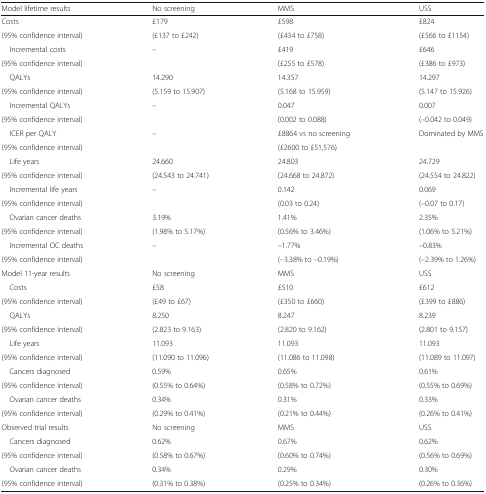
<table><thead><tr><td><b>Model lifetime results</b></td><td><b>No screening</b></td><td><b>MMS</b></td><td><b>USS</b></td></tr></thead><tbody><tr><td>Costs</td><td>£179</td><td>£598</td><td>£824</td></tr><tr><td>(95% confidence interval)</td><td>(£137 to £242)</td><td>(£434 to £758)</td><td>(£566 to £1154)</td></tr><tr><td> Incremental costs</td><td rowspan="2">–</td><td>£419</td><td>£646</td></tr><tr><td>(95% confidence interval)</td><td>(£255 to £578)</td><td>(£386 to £973)</td></tr><tr><td> QALYs</td><td>14.290</td><td>14.357</td><td>14.297</td></tr><tr><td>(95% confidence interval)</td><td>(5.159 to 15.907)</td><td>(5.168 to 15.959)</td><td>(5.147 to 15.926)</td></tr><tr><td> Incremental QALYs</td><td rowspan="2">–</td><td>0.047</td><td>0.007</td></tr><tr><td>(95% confidence interval)</td><td>(0.002 to 0.088)</td><td>(–0.042 to 0.049)</td></tr><tr><td> ICER per QALY</td><td rowspan="2">–</td><td>£8864 vs no screening</td><td rowspan="2">Dominated by MMS</td></tr><tr><td>(95% confidence interval)</td><td>(£2600 to £51,576)</td></tr><tr><td> Life years</td><td>24.660</td><td>24.803</td><td>24.729</td></tr><tr><td>(95% confidence interval)</td><td>(24.543 to 24.741)</td><td>(24.668 to 24.872)</td><td>(24.554 to 24.822)</td></tr><tr><td> Incremental life years</td><td rowspan="2">–</td><td>0.142</td><td>0.069</td></tr><tr><td>(95% confidence interval)</td><td>(0.03 to 0.24)</td><td>(–0.07 to 0.17)</td></tr><tr><td> Ovarian cancer deaths</td><td>3.19%</td><td>1.41%</td><td>2.35%</td></tr><tr><td>(95% confidence interval)</td><td>(1.98% to 5.17%)</td><td>(0.56% to 3.46%)</td><td>(1.06% to 5.21%)</td></tr><tr><td> Incremental OC deaths</td><td rowspan="2">–</td><td>–1.77%</td><td>–0.83%</td></tr><tr><td>(95% confidence interval)</td><td>(–3.38% to –0.19%)</td><td>(–2.39% to 1.26%)</td></tr><tr><td>Model 11-year results</td><td>No screening</td><td>MMS</td><td>USS</td></tr><tr><td> Costs</td><td>£58</td><td>£510</td><td>£612</td></tr><tr><td>(95% confidence interval)</td><td>(£49 to £67)</td><td>(£350 to £660)</td><td>(£399 to £886)</td></tr><tr><td> QALYs</td><td>8.250</td><td>8.247</td><td>8.239</td></tr><tr><td>(95% confidence interval)</td><td>(2.823 to 9.163)</td><td>(2.820 to 9.162)</td><td>(2.801 to 9.157)</td></tr><tr><td> Life years</td><td>11.093</td><td>11.093</td><td>11.093</td></tr><tr><td>(95% confidence interval)</td><td>(11.090 to 11.096)</td><td>(11.086 to 11.098)</td><td>(11.089 to 11.097)</td></tr><tr><td> Cancers diagnosed</td><td>0.59%</td><td>0.65%</td><td>0.61%</td></tr><tr><td>(95% confidence interval)</td><td>(0.55% to 0.64%)</td><td>(0.58% to 0.72%)</td><td>(0.55% to 0.69%)</td></tr><tr><td> Ovarian cancer deaths</td><td>0.34%</td><td>0.31%</td><td>0.33%</td></tr><tr><td>(95% confidence interval)</td><td>(0.29% to 0.41%)</td><td>(0.21% to 0.44%)</td><td>(0.26% to 0.41%)</td></tr><tr><td>Observed trial results</td><td>No screening</td><td>MMS</td><td>USS</td></tr><tr><td> Cancers diagnosed</td><td>0.62%</td><td>0.67%</td><td>0.62%</td></tr><tr><td>(95% confidence interval)</td><td>(0.58% to 0.67%)</td><td>(0.60% to 0.74%)</td><td>(0.56% to 0.69%)</td></tr><tr><td> Ovarian cancer deaths</td><td>0.34%</td><td>0.29%</td><td>0.30%</td></tr><tr><td>(95% confidence interval)</td><td>(0.31% to 0.38%)</td><td>(0.25% to 0.34%)</td><td>(0.26% to 0.36%)</td></tr></tbody></table>